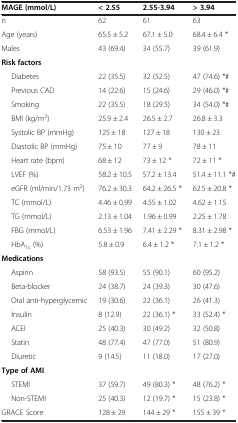
<table><thead><tr><td><b>MAGE (mmol/L)</b></td><td><b>&lt; 2.55</b></td><td><b>2.55-3.94</b></td><td><b>&gt; 3.94</b></td></tr></thead><tbody><tr><td>n</td><td>62</td><td>61</td><td>63</td></tr><tr><td>Age (years)</td><td>65.5 ± 5.2</td><td>67.1 ± 5.0</td><td>68.4 ± 6.4 *</td></tr><tr><td>Males</td><td>43 (69.4)</td><td>34 (55.7)</td><td>39 (61.9)</td></tr><tr><td><b>Risk factors</b></td><td> </td><td> </td><td> </td></tr><tr><td>Diabetes</td><td>22 (35.5)</td><td>32 (52.5)</td><td>47 (74.6) *#</td></tr><tr><td>Previous CAD</td><td>14 (22.6)</td><td>15 (24.6)</td><td>29 (46.0) *#</td></tr><tr><td>Smoking</td><td>22 (35.5)</td><td>18 (29.5)</td><td>34 (54.0) *#</td></tr><tr><td>BMI (kg/m<sup>2</sup>)</td><td>25.9 ± 2.4</td><td>26.5 ± 2.7</td><td>26.8 ± 3.3</td></tr><tr><td>Systolic BP (mmHg)</td><td>125 ± 18</td><td>127 ± 18</td><td>130 ± 23</td></tr><tr><td>Diastolic BP (mmHg)</td><td>75 ± 10</td><td>77 ± 9</td><td>78 ± 11</td></tr><tr><td>Heart rate (bpm)</td><td>68 ± 12</td><td>73 ± 12 *</td><td>72 ± 11 *</td></tr><tr><td>LVEF (%)</td><td>58.2 ± 10.5</td><td>57.2 ± 13.4</td><td>51.4 ± 11.1 *#</td></tr><tr><td>eGFR (ml/min/1.73 m<sup>2</sup>)</td><td>76.2 ± 30.3</td><td>64.2 ± 26.5 *</td><td>62.5 ± 20.8 *</td></tr><tr><td>TC (mmol/L)</td><td>4.46 ± 0.99</td><td>4.55 ± 1.02</td><td>4.62 ± 1.15</td></tr><tr><td>TG (mmol/L)</td><td>2.13 ± 1.04</td><td>1.96 ± 0.99</td><td>2.25 ± 1.78</td></tr><tr><td>FBG (mmol/L)</td><td>6.53 ± 1.96</td><td>7.41 ± 2.29 *</td><td>8.31 ± 2.98 *</td></tr><tr><td>HbA<sub>1c</sub> (%)</td><td>5.8 ± 0.9</td><td>6.4 ± 1.2 *</td><td>7.1 ± 1.2 *</td></tr><tr><td><b>Medications</b></td><td> </td><td> </td><td> </td></tr><tr><td>Aspirin</td><td>58 (93.5)</td><td>55 (90.1)</td><td>60 (95.2)</td></tr><tr><td>Beta-blocker</td><td>24 (38.7)</td><td>24 (39.3)</td><td>30 (47.6)</td></tr><tr><td>Oral anti-hyperglycemic</td><td>19 (30.6)</td><td>22 (36.1)</td><td>26 (41.3)</td></tr><tr><td>Insulin</td><td>8 (12.9)</td><td>22 (36.1) *</td><td>33 (52.4) *</td></tr><tr><td>ACEI</td><td>25 (40.3)</td><td>30 (49.2)</td><td>32 (50.8)</td></tr><tr><td>Statin</td><td>48 (77.4)</td><td>47 (77.0)</td><td>51 (80.9)</td></tr><tr><td>Diuretic</td><td>9 (14.5)</td><td>11 (18.0)</td><td>17 (27.0)</td></tr><tr><td><b>Type of AMI</b></td><td> </td><td> </td><td> </td></tr><tr><td>STEMI</td><td>37 (59.7)</td><td>49 (80.3) *</td><td>48 (76.2) *</td></tr><tr><td>Non-STEMI</td><td>25 (40.3)</td><td>12 (19.7) *</td><td>15 (23.8) *</td></tr><tr><td>GRACE Score</td><td>128 ± 29</td><td>144 ± 29 *</td><td>155 ± 39 *</td></tr></tbody></table>